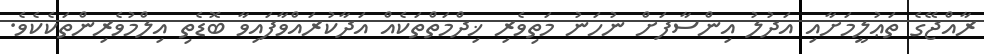
ރާއްޖޭގެ ތަޢުލީމަށާއި އަދުލު އިންސާފަށް ނުހަނު މަތިވެރި ޚިދްމަތްތަކެއް އަދާކުރައްވާފައިވާ ބޮޑެތި އިލްމުވެރިންތަކެކެވެ.